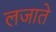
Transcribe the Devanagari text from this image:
लजाते